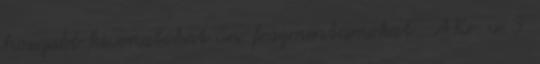
hosszabb kivonatokat ún. fragmentumokat . A Kr. u. 3.